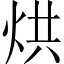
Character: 烘